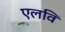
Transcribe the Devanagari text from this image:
एलवि